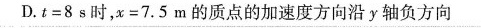
D.$$t = 8 s$$时，$$x = 7 . 5 m$$的质点的加速度方向沿y轴负方向